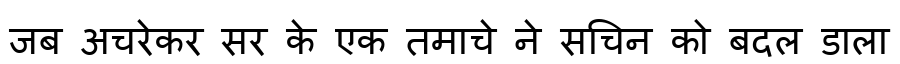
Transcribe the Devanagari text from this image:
जब अचरेकर सर के एक तमाचे ने सचिन को बदल डाला